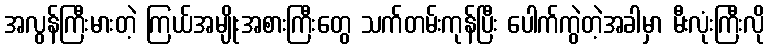
အလွန်ကြီးမားတဲ့ ကြယ်အမျိုးအစားကြီးတွေ သက်တမ်းကုန်ပြီး ပေါက်ကွဲတဲ့အခါမှာ မီးလုံးကြီးလို